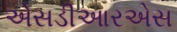
એસડીઆરએસ